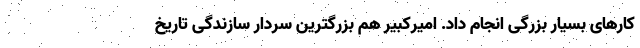
کارهای بسیار بزرگی انجام داد. امیرکبیر هم بزرگترین سردار سازندگی تاریخ